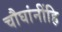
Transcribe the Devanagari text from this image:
चौघांनींहि